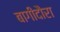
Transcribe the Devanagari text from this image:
बागीदौरा